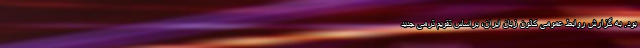
بود. به گزارش روابط عمومی کانون زبان ایران، براساس تقویم ترمی جدیدِ